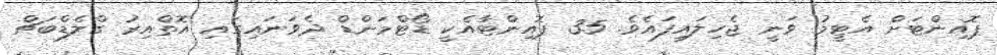
ޕޮއިންޓަށް އެޓީމު ވަނީ ޖެހިލައިފައެވެ. 35 ޕޮއިންޓާއެކީ ޑޯޓްމަންޑް ދެވަނައިގައި އޮތްއިރު ގްލެޑްބަޗް